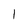
Character: I